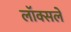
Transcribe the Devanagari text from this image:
लॉक्सले